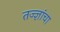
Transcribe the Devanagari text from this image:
तज्‍ज्ञांचा